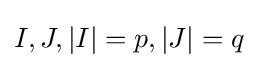
I,J,|I|=p,|J|=q